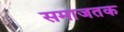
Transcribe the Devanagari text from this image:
समाजतक